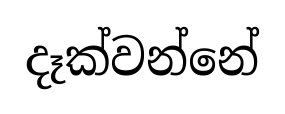
දෑක්වන්නේ